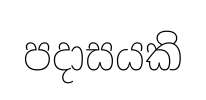
පදාසයකි